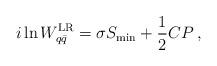
LaTeX: \begin{align*}i \ln W_{q \bar{q}}^{\rm LR}= \sigma S_{\rm min} +{1\over 2} C P \> ,\end{align*}